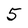
Character: 5